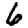
Digit: 6